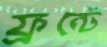
ফ্রন্টে